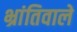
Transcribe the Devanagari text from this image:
भ्रांतिवाले